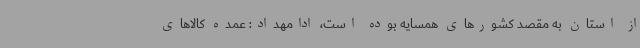
از استان به مقصد کشورهای همسایه بوده است، ادامهداد: عمده کالاهای